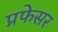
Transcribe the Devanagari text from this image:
प्रफेसर